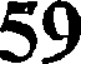
59